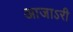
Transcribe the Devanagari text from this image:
आजाऽरी